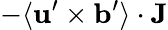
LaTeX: -\langle{{\mathbf{u}}^{\prime}\times{\mathbf{b}}^{\prime}}\rangle\cdot{\mathbf{J}}